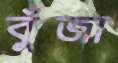
বুঁজা